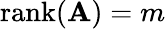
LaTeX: \operatorname{rank}(\mathbf{A})=m